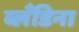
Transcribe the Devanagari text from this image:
ब्लँडिना